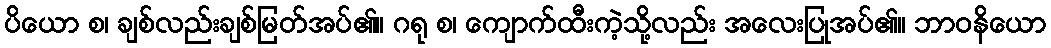
ပိယော စ၊ ချစ်လည်းချစ်မြတ်အပ်၏။ ဂရု စ၊ ကျောက်ထီးကဲ့သို့လည်း အလေးပြုအပ်၏။ ဘာဝနိယော